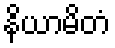
နိယာမိတံ